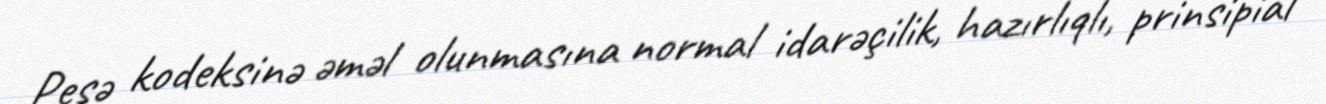
Peşə kodeksinə əməl olunmasına normal idarəçilik, hazırlıqlı, prinsipial